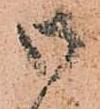
御